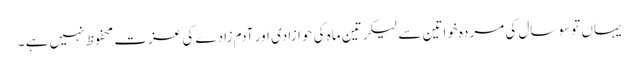
یہاں تو سوسال کی مردہ خواتین سے لیکر تین ماہ کی حوازادی اور آدم زادے کی عزت محفوظ نہیں ہے ۔